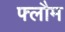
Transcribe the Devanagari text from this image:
फ्लौम